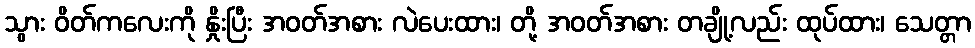
သွား ဝိတ်ကလေးကို နှိုးပြီး အဝတ်အစား လဲပေးထား၊ တို့ အဝတ်အစား တချို့လည်း ထုပ်ထား၊ သေတ္တာ